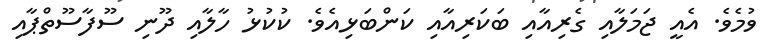
ވުމެވެ. އެއީ ޖަމަލާއި ގެރިއާއި ބަކަރިއާއި ކަންބަޅިއެވެ. ކުކުޅު ހާލާއި ދޫނި ސޫފާސޫތްޕާއި